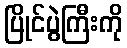
ပြိုင်ပွဲကြီးကို